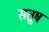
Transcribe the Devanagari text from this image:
सतूष